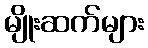
မျိုးဆက်များ